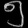
Digit: ၅